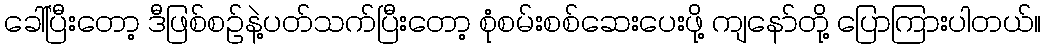
ခေါ်ပြီးတော့ ဒီဖြစ်စဉ်နဲ့ပတ်သက်ပြီးတော့ စုံစမ်းစစ်ဆေးပေးဖို့ ကျနော်တို့ ပြောကြားပါတယ်။